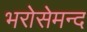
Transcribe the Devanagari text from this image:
भरोसेमन्द